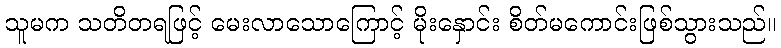
သူမက သတိတရဖြင့် မေးလာသောကြောင့် မိုးနှောင်း စိတ်မကောင်းဖြစ်သွားသည်။